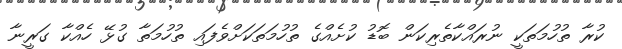
ކުރާ ތުހުމަތަކީ ނުރައްކާތެރިކަން ބޮޑު ކުށެއްގެ ތުހުމަތަކަށްވެފައި ތުހުމަތާ ގުޅޭ ހެއްކާ ގަރީނާ